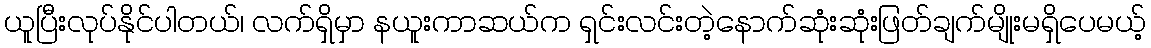
ယူပြီးလုပ်နိုင်ပါတယ်၊ လက်ရှိမှာ နယူးကာဆယ်က ရှင်းလင်းတဲ့နောက်ဆုံးဆုံးဖြတ်ချက်မျိုးမရှိပေမယ့်